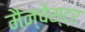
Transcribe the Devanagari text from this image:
मैन्चेस्ट्र